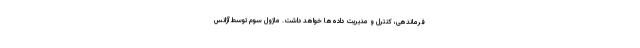
فرماندهی، کنترل و مدیریت داده‌ها خواهد داشت. ماژول سوم توسط آژانس